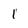
Character: 1